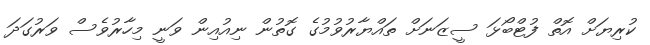
ކުރިޔަށް އޮތް ފުޓްބޯޅަ ސީޒަނަށް ތައްޔާރުވުމުގެ ގޮތުން ނިއުއިން ވަނީ މިހާރުވެސް ވަރުގަދަ